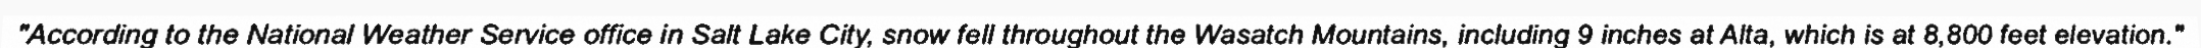
"According to the National Weather Service office in Salt Lake City, snow fell throughout the Wasatch Mountains, including 9 inches at Alta, which is at 8,800 feet elevation."